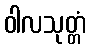
ဝါလသုတ္တံ